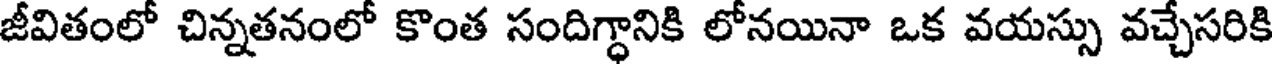
జీవితంలో చిన్నతనంలో కొంత సందిగ్ధానికి లోనయినా ఒక వయస్సు వచ్చేసరికి